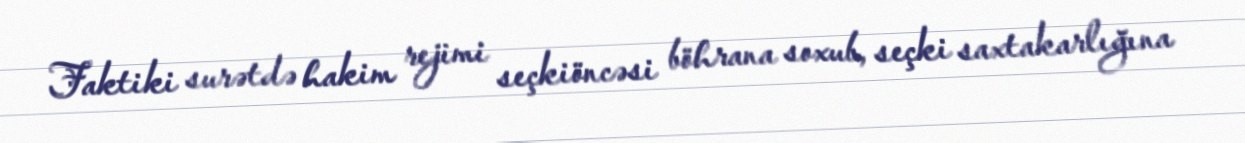
Faktiki surətdə hakim rejimi seçkiöncəsi böhrana soxub, seçki saxtakarlığına